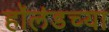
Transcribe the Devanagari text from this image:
हॉलंडच्या